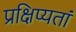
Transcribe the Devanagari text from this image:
प्रक्षिप्यतां